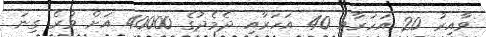
ވާއިރު 20 އަހަރާއި 40 އަހަރާއި ދެމެދުގެ 40000 އަށް ވުރެ ގިނަ